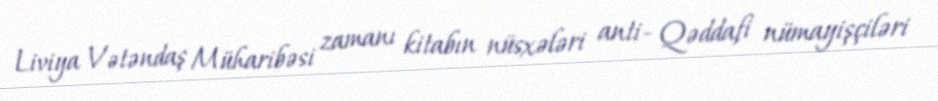
Liviya Vətəndaş Müharibəsi zamanı kitabın nüsxələri anti- Qəddafi nümayişçiləri